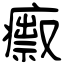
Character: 𤺅